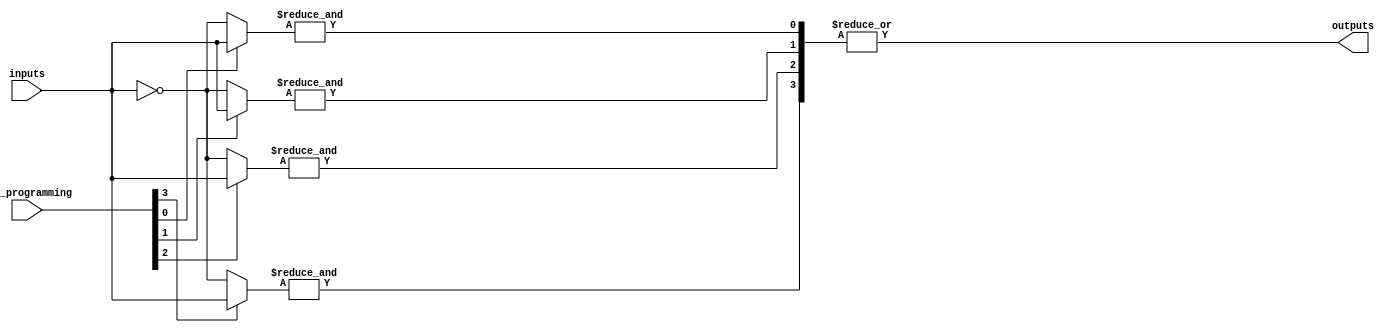
module flash_programmable_pal #(
    parameter NUM_INPUTS = 8,       // Number of input signals
    parameter NUM_AND_GATES = 4,     // Number of AND gates
    parameter NUM_OUTPUTS = 1         // Number of output signals
)(
    input wire [NUM_INPUTS-1:0] inputs, // Input signals
    input wire [NUM_AND_GATES-1:0] and_programming, // Programming signals for AND gates
    output wire [NUM_OUTPUTS-1:0] outputs // Output signals
);

// Internal wire for the AND gate outputs
wire [NUM_AND_GATES-1:0] and_outputs;

// Generate the AND gate outputs based on programming and inputs
genvar i;
generate
    for (i = 0; i < NUM_AND_GATES; i = i + 1) begin : and_gate_logic
        wire [NUM_INPUTS-1:0] and_inputs;
        
        // Logic for each AND gate based on programming configuration
        assign and_inputs = and_programming[i] ? inputs : ~inputs;

        assign and_outputs[i] = &and_inputs; // AND operation
    end
endgenerate

// Fixed OR array combining the outputs of the AND gates
assign outputs[0] = |and_outputs; // ORing all AND gate outputs

endmodule